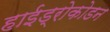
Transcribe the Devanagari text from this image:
हाईड्रोकोडन